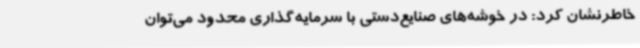
خاطرنشان کرد: در خوشه‌های صنایع‌دستی با سرمایه‌گذاری محدود می‌توان